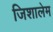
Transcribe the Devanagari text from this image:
जिशालेम